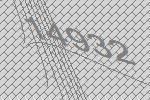
14932